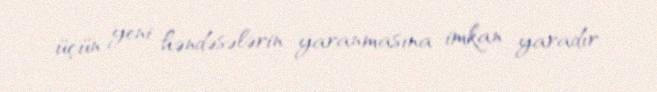
üçün yeni həndəsələrin yaranmasına imkan yaradır.